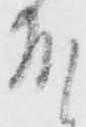
殿